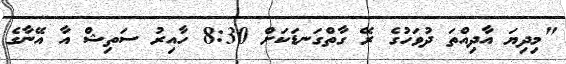
"މިދިޔަ އާދިއްތަ ދުވަހުގެ ރޭ ގާތްގަނޑަކަށް 8:30 ހާއިރު ސަތިޝް އާ އޭނާގެ